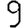
Digit: 9